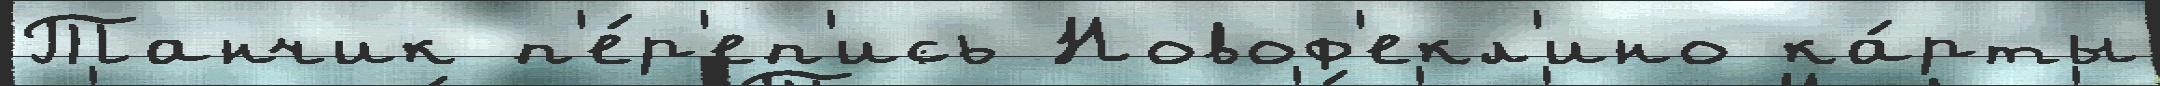
Танчик п'е́р'еп'ись Новоф'екл'ино ка́рты